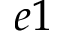
e 1